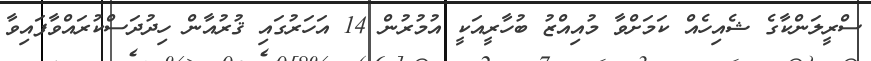
ސްރީލަންކާގެ ޝެއިހެއް ކަމަށްވާ މުއިއްޒު ބުހާރީއަކީ އުމުރުން 14 އަހަރުގައި ޤުރުއާން ހިދުދަސްކުރައްވާފައިވާ